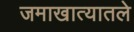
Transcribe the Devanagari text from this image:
जमाखात्यातले